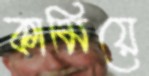
কামিয়ে